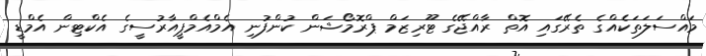
މައްސަލަތަކެއްގެ ތެރޭގައި އޮތް ރާއްޖޭގެ ޓޫރިޒަމް ޕްރޮމޯޝަން ކުންފުނި އެމްއެމްޕީއާރުސީގެ އެކްޓިން އެމްޑީ